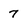
Character: 7